Civil Veterinary Department. Central Provinces & Berar 1925-31 - 1925-1931
Year: 1925
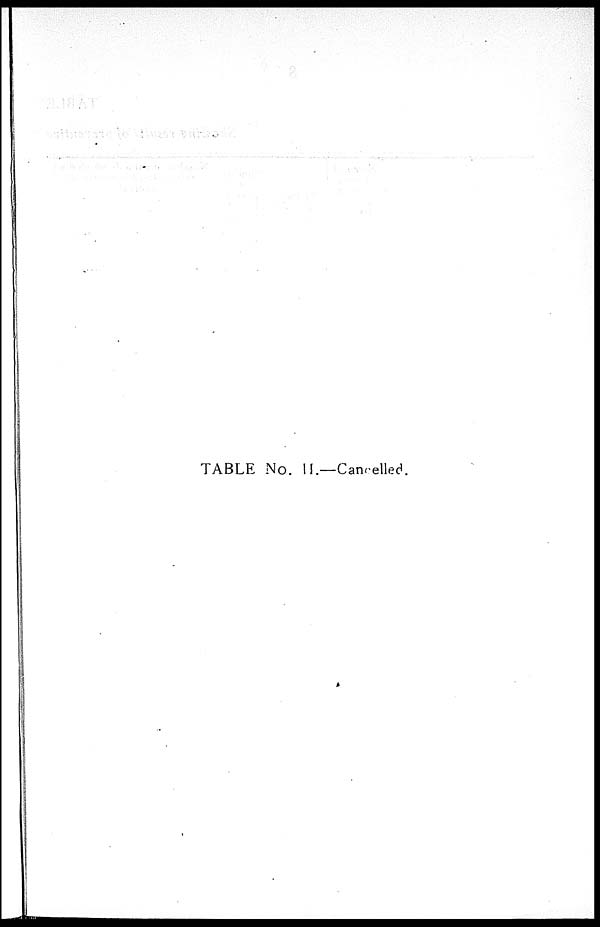
TABLE No. 11.—Cancelled.